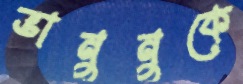
ভানুনুকে